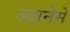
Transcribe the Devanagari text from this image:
उठानेमें